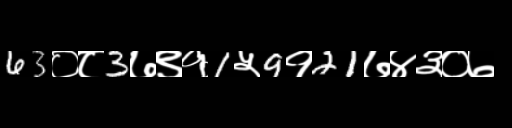
Text: 63०८3७९१1५9१21७४३०७